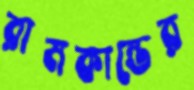
রামকান্তের